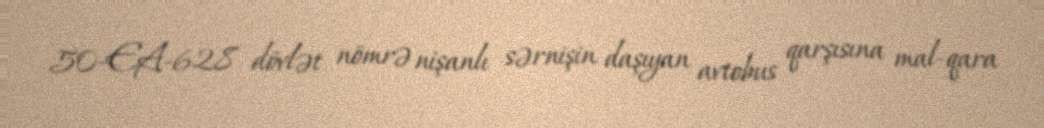
50-EA-628 dövlət nömrə nişanlı sərnişin daşıyan avtobus qarşısına mal-qara